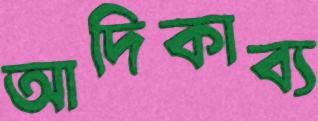
আদিকাব্য